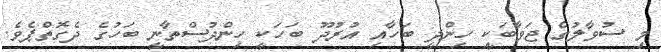
މި ސުވާލުގެ ޖަވާބަކީ ހިންދީ ބަހާއި އުރުދޫ ބަހަކީ ހިންދުސްތާނީ ބަހުގެ ދެގޮތްޕެވެ.